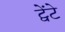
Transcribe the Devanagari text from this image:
ट्वेंटे